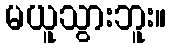
မယူသွားဘူး။